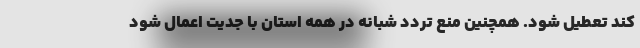
کند تعطیل شود. همچنین منع تردد شبانه در همه استان با جدیت اعمال شود